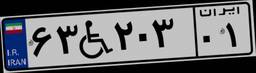
۱۹W۵۳۲۱۶